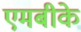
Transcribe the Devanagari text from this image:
एमबीके